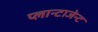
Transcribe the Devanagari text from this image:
प्लान्टाजेन्ट